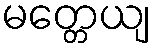
မတ္တေယျ